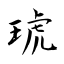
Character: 琥